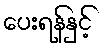
ပေးရန်နှင့်